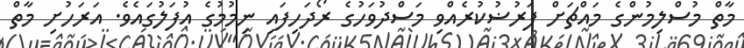
މާތް މުސްލިމުންގެ މައްޗަށް ފަރުޟުކުރެއްވި މަސްދުވަހުގެ ރޯދަހިފައި ނިމުމުގެ އުފަލުގައެވެ. އަރަހުށި މާތް